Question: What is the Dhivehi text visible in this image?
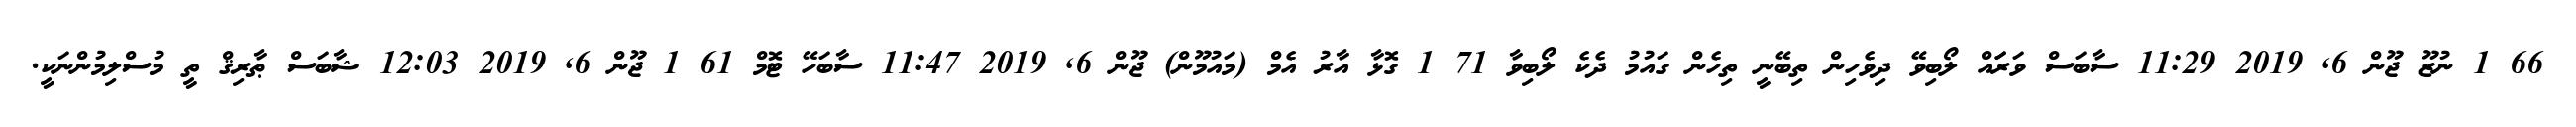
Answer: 66 1 ނުޒޫ ޖޫން 6, 2019 11:29 ސާބަސް ވަރަައް ލޯބިވޭ ދިވެހިން ތިބޭނީ ތިހެން ގައުމު ދެކެ ލޯބިވާ 71 1 ގޮޅާ އާރު އެމް (މައުމޫން) ޖޫން 6, 2019 11:47 ސާބަހޭ ޓޮމް 61 1 ޖޫން 6, 2019 12:03 ޝާބަސް ޠާރިޤް ތީ މުސްލިމުންނަކީ.